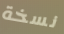
نسخة